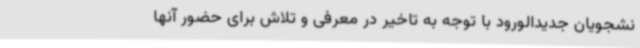
نشجویان جدیدالورود با توجه به تاخیر در معرفی و تلاش برای حضور آنها